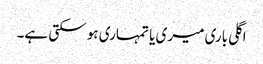
اگلی باری میری یا تمہاری ہو سکتی ہے۔